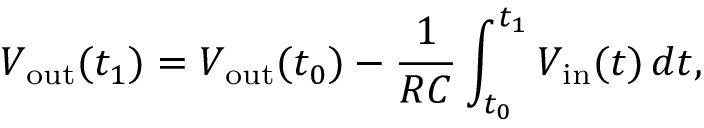
V _ { \mathrm { o u t } } ( t _ { 1 } ) = V _ { \mathrm { o u t } } ( t _ { 0 } ) - { \frac { 1 } { R C } } \int _ { t _ { 0 } } ^ { t _ { 1 } } V _ { \mathrm { i n } } ( t ) \, d t ,